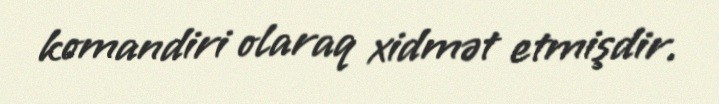
komandiri olaraq xidmət etmişdir.